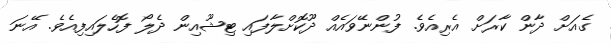
ގެއަށް ދާން ކާރަށް އެރިއެވެ. ފުންނޭވައެއް ދޫކޮށްލާފައި ޓިޝޫއިން ދެލޯ ފޮހެލައިފިއެވެ. އޭނަ